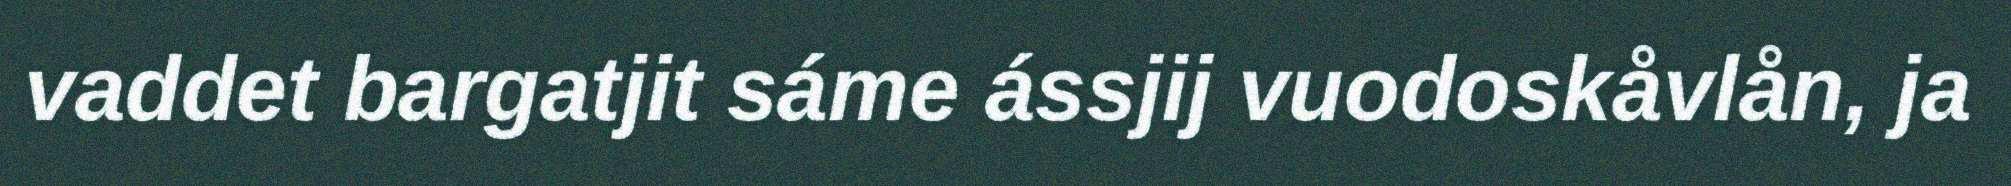
vaddet bargatjit sáme ássjij vuodoskåvlån, ja